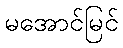
မအောင်မြင်